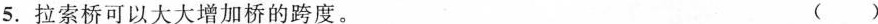
5.拉索桥可以大大增加桥的跨度。 ()